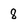
Character: 8